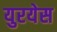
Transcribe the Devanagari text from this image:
युरयेस